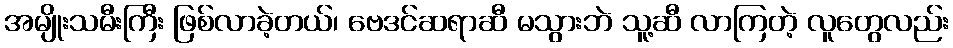
အမျိုးသမီးကြီး ဖြစ်လာခဲ့တယ်၊ ဗေဒင်ဆရာဆီ မသွားဘဲ သူ့ဆီ လာကြတဲ့ လူတွေလည်း